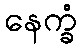
နေက္ခံ